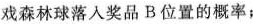
戏森林球落入奖品 B 位置的概率；